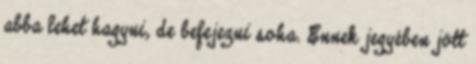
abba lehet hagyni, de befejezni soha. Ennek jegyében jött